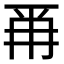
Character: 𭁣